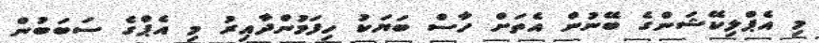
މި އެޕްލިކޭޝަންގެ ބޭނުން އެތަށް ހާސް ބަޔަކު ހިފަމުންދާއިރު މި އެޕްގެ ސަބަބުން